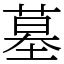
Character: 墓